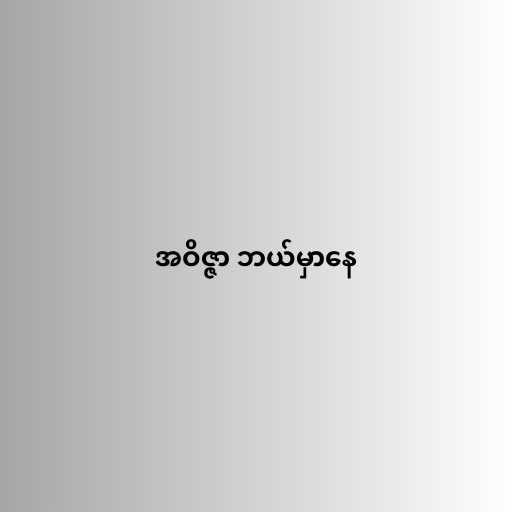
အဝိဇ္ဇာ ဘယ်မှာနေ